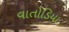
વાતોડિયા